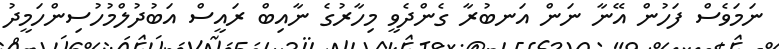
ނަމަވެސް ފަހުން އޭނާ ނަން އަނބުރާ ގެންދެވީ މިހާރުގެ ނާއިބް ރައީސް އަބުދުލްމުހުސިންހަމީދު